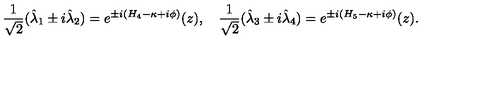
{ \frac { 1 } { \sqrt { 2 } } } ( \hat { \lambda } _ { 1 } \pm i \hat { \lambda } _ { 2 } ) = e ^ { \pm i ( H _ { 4 } - \kappa + i \phi ) } ( z ) , \quad { \frac { 1 } { \sqrt { 2 } } } ( \hat { \lambda } _ { 3 } \pm i \hat { \lambda } _ { 4 } ) = e ^ { \pm i ( H _ { 5 } - \kappa + i \phi ) } ( z ) .